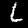
Digit: 6